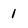
Character: 1